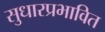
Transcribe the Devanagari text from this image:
सुधारप्रभावित